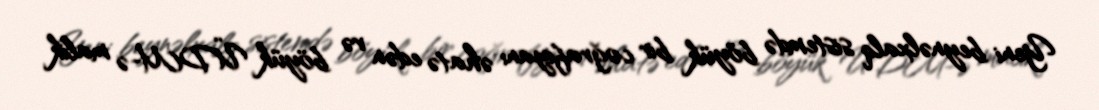
Yeni beynəlxalq sistemdə böyük bir coğrafiyanı əhatə edən və böyük ÜDM-ə malik